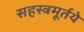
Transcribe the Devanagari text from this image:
सहस्त्रमूर्तये